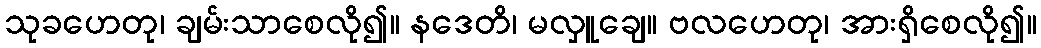
သုခဟေတု၊ ချမ်းသာစေလို၍။ နဒေတိ၊ မလှူချေ။ ဗလဟေတု၊ အားရှိစေလို၍။